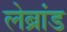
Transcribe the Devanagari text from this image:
लेब्रांड